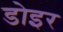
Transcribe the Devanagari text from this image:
डोइर